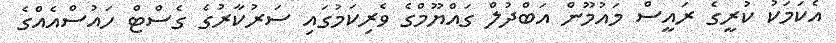
އެކަމަކު ކުރީގެ ރައީސް މައުމޫން އަބްދުލް ގައްޔޫމްގެ ވެރިކަމުގައި ސަރުކާރުގެ ގެސްޓް ހައުސްއެއްގެ